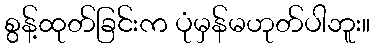
စွန့်ထုတ်ခြင်းက ပုံမှန်မဟုတ်ပါဘူး။